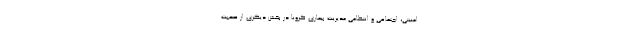
امنیتی، اجتماعی و انتظامی مدیریت بیماری کرونا در بخش دیگری از صحبت